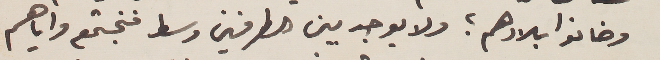
وخانوا بلادهم؟ ولا يوجد بين الطرفين وسط فنجتمع واياهم